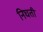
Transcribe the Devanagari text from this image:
निघती